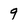
Character: 9